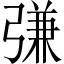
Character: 𢐎